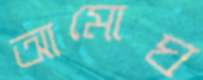
আমোঘ